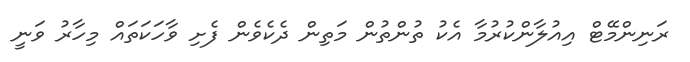
ރަނިންމޭޓް އިއުލާންކުރުމާ އެކު ތުންތުން މަތިން ދެކެވެން ފެށި ވާހަކަތައް މިހާރު ވަނީ